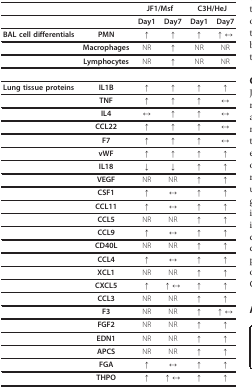
<table><thead><tr><td></td><td></td><td colspan="2"><b>JF1/Msf</b></td><td colspan="2"><b>C3H/HeJ</b></td></tr></thead><tbody><tr><td></td><td></td><td><b>Day1</b></td><td><b>Day7</b></td><td><b>Day1</b></td><td><b>Day7</b></td></tr><tr><td><b>BAL cell differentials</b></td><td><b>PMN</b></td><td><b>↑</b></td><td>↑</td><td><b>↑</b></td><td>↑ ↔</td></tr><tr><td></td><td><b>Macrophages</b></td><td>NR</td><td>↑</td><td>NR</td><td>NR</td></tr><tr><td></td><td><b>Lymphocytes</b></td><td>NR</td><td>↑</td><td>NR</td><td>NR</td></tr><tr><td><b>Lung tissue proteins</b></td><td><b>IL1B</b></td><td>↑</td><td>↑</td><td>↑</td><td>↑</td></tr><tr><td></td><td><b>TNF</b></td><td>↑</td><td>↑</td><td>↑</td><td>↔</td></tr><tr><td></td><td><b>IL4</b></td><td>↔</td><td>↑</td><td>↑</td><td>↔</td></tr><tr><td></td><td><b>CCL22</b></td><td>↑</td><td>↑</td><td>↑</td><td>↔</td></tr><tr><td></td><td><b>F7</b></td><td>↑</td><td>↑</td><td>↑</td><td>↔</td></tr><tr><td></td><td><b>vWF</b></td><td>↑</td><td>↑</td><td>↑</td><td>↑</td></tr><tr><td></td><td><b>IL18</b></td><td>↓</td><td>↓</td><td>↑</td><td>↑</td></tr><tr><td></td><td><b>VEGF</b></td><td>NR</td><td>NR</td><td>↑</td><td>↑</td></tr><tr><td></td><td><b>CSF1</b></td><td>↑</td><td>↔</td><td>↑</td><td>↑</td></tr><tr><td></td><td><b>CCL11</b></td><td>↑</td><td>↔</td><td>↑</td><td>↑</td></tr><tr><td></td><td><b>CCL5</b></td><td>NR</td><td>NR</td><td>↑</td><td>↑</td></tr><tr><td></td><td><b>CCL9</b></td><td>↑</td><td>↔</td><td>↑</td><td>↑</td></tr><tr><td></td><td><b>CD40L</b></td><td>NR</td><td>NR</td><td>↑</td><td>↑</td></tr><tr><td></td><td><b>CCL4</b></td><td>↑</td><td>↔</td><td>↑</td><td>↑</td></tr><tr><td></td><td><b>XCL1</b></td><td>NR</td><td>NR</td><td>↑</td><td>↑</td></tr><tr><td></td><td><b>CXCL5</b></td><td>↑</td><td>↑ ↔</td><td>↑</td><td>↑</td></tr><tr><td></td><td><b>CCL3</b></td><td>NR</td><td>NR</td><td>↑</td><td>↑</td></tr><tr><td></td><td><b>F3</b></td><td>NR</td><td>NR</td><td>↑</td><td>↑ ↔</td></tr><tr><td></td><td><b>FGF2</b></td><td>NR</td><td>NR</td><td>↑</td><td>↑</td></tr><tr><td></td><td><b>EDN1</b></td><td>NR</td><td>NR</td><td>↑</td><td>↑</td></tr><tr><td></td><td><b>APCS</b></td><td>NR</td><td>NR</td><td>↑</td><td>↑</td></tr><tr><td></td><td><b>FGA</b></td><td>↑</td><td>↔</td><td>↑</td><td>↑</td></tr><tr><td></td><td><b>THPO</b></td><td>↑</td><td>↑ ↔</td><td>↑</td><td>↑</td></tr></tbody></table>